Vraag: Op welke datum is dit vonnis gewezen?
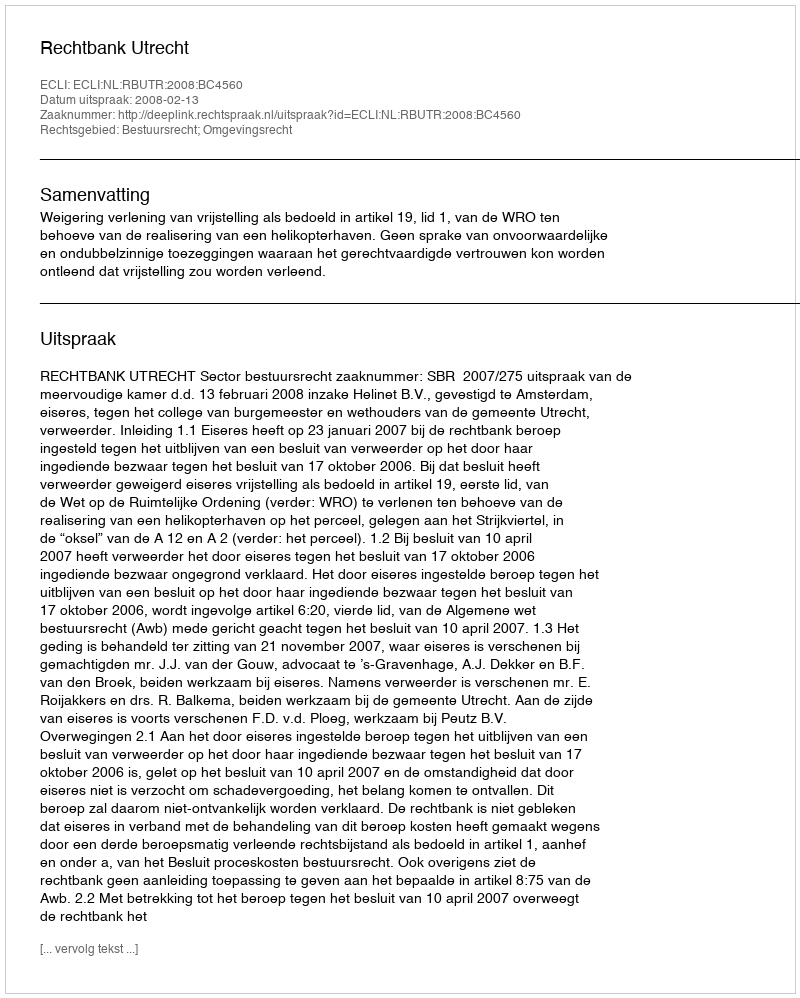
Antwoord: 2008-02-13